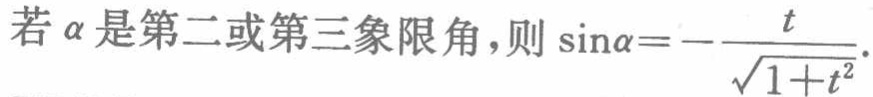
若\(\alpha\)是第二或第三象限角，则\(\sin\alpha =-\frac{t}{\sqrt{1 + t^{2}}}\)